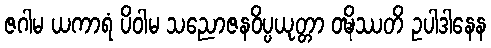
ဇဂါမ ယကာရံ ပိဝါမ သညောဇနဝိပ္ပယုတ္တာ ဝဍ္ဎိဿတိ ဥပါဒါနေန